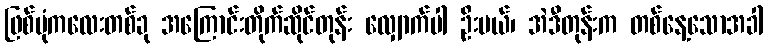
ဖြစ်ပုံကလေးတစ်ခု အကြောင်းတိုက်ဆိုင်တုန်း လျှောက်ပါ ဦးမယ်၊ အဲဒီတုန်းက တစ်နေ့သောအခါ